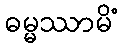
ဓမ္မဿာမိံ